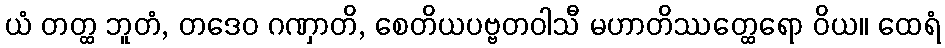
ယံ တတ္ထ ဘူတံ, တဒေဝ ဂဏှာတိ, စေတိယပဗ္ဗတဝါသီ မဟာတိဿတ္ထေရော ဝိယ။ ထေရံ